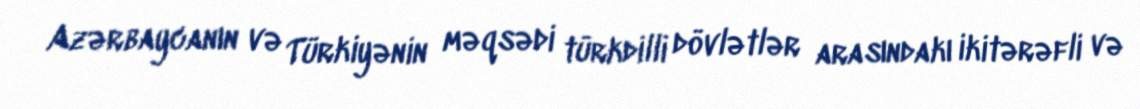
Azərbaycanın və Türkiyənin məqsədi türkdilli dövlətlər arasındakı ikitərəfli və